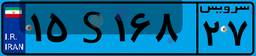
۱۷S۰۹۷۷۸